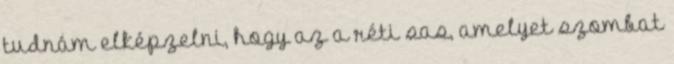
tudnám elképzelni, hogy az a réti sas, amelyet szombat